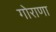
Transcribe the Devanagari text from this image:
गोराणा